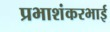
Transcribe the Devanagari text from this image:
प्रभाशंकरभाई